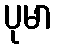
ပုမာ